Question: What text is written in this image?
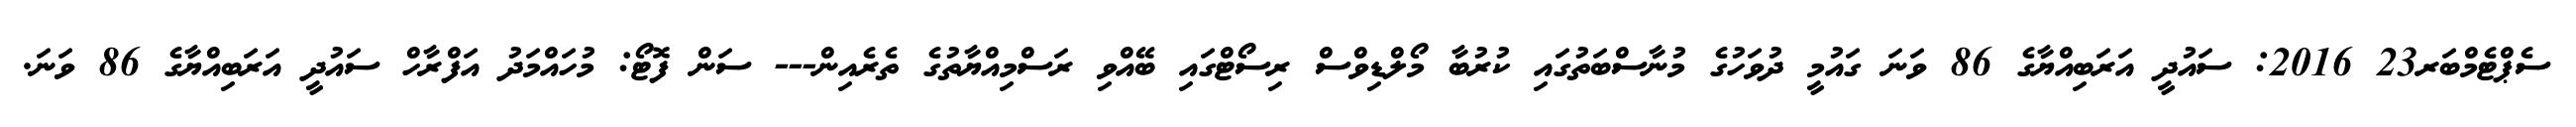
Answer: ސެޕްޓެމްބަރ23 2016: ސައުދީ އަރަބިއްޔާގެ 86 ވަނަ ގައުމީ ދުވަހުގެ މުނާސްބަތުގައި ކުރުބާ މޯލްޑިވްސް ރިސޯޓްގައި ބޭއްވި ރަސްމިއްޔާތުގެ ތެރެއިން--- ސަން ފޮޓޯ: މުހައްމަދު އަފްރާހް ސައުދީ އަރަބިއްޔާގެ 86 ވަނަ.